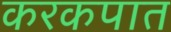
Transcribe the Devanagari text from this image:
करकपात